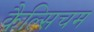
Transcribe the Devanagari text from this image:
कैल्सिचम